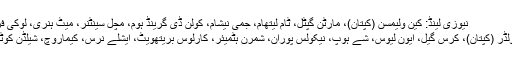
نیوزی لینڈ: کین ولیمسن (کپتان)، مارٹن گپٹل، ٹام لیتھام، جمی نیشام، کولن ڈی گرینڈ ہوم، مچل سینٹنر، میٹ ہنری، لوکی فرگوسن، ٹرینٹ بولٹ
ویسٹ انڈیز: جیسن ہولڈر (کپتان)، کرس گیل، ایون لیوس، شے ہوپ، نیکولس پوران، شمرن ہٹمیئر، کارلوس بریتھویٹ، ایشلے نرس، کیماروچ، شیلڈن کوٹریل، اوشانے تھامس